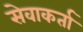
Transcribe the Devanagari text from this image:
सेवाकर्ता